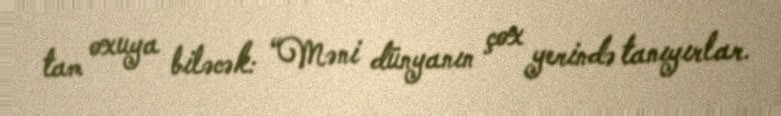
tam oxuya biləcək: “Məni dünyanın çox yerində tanıyırlar.